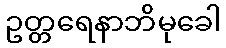
ဥတ္တရေနာဘိမုခေါ